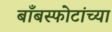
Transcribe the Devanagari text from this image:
बाँबस्फोटांच्या